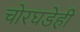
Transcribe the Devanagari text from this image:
चोरघडेही